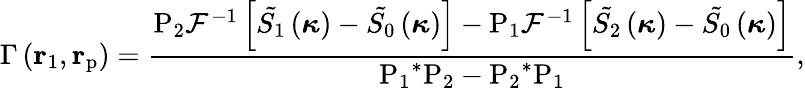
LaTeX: \Gamma\left({\mathbf{r}}_{1},{\mathbf{r}}_{\mathrm{p}}\right)=\frac{{{\mathrm P}_{2}}{{\mathcal{F}}^{-1}}\left[{{{\tilde{S_{1}}}}}\left(\boldsymbol{\kappa}\right)-{{{\tilde{S_{0}}}}}\left(\boldsymbol{\kappa}\right)\right]-{{\mathrm P}_{1}}{{\mathcal{F}}^{-1}}\left[{{{\tilde{S_{2}}}}}\left(\boldsymbol{\kappa}\right)-{{{\tilde{S_{0}}}}}\left(\boldsymbol{\kappa}\right)\right]}{{{\mathrm P}_{1}}^{*}{{\mathrm P}_{2}}-{{\mathrm P}_{2}}^{*}{{\mathrm P}_{1}}},